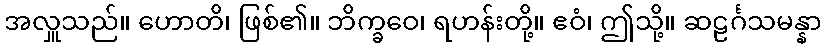
အလှူသည်။ ဟောတိ၊ ဖြစ်၏။ ဘိက္ခဝေ၊ ရဟန်းတို့။ ဧဝံ၊ ဤသို့။ ဆဠင်္ဂသမန္နာ